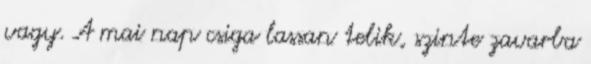
vagy. A mai nap csiga lassan telik, szinte zavarba